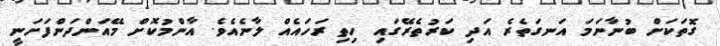
ގޮތަކަށް ބުނާނަމަ އަނގަތެރެ އަދި ކަރުތެރޭގައި ހިތި ރަހައެއް ލާނެއެވެ. އާންމުކޮށް މޭއަންދަންފަށަނީ